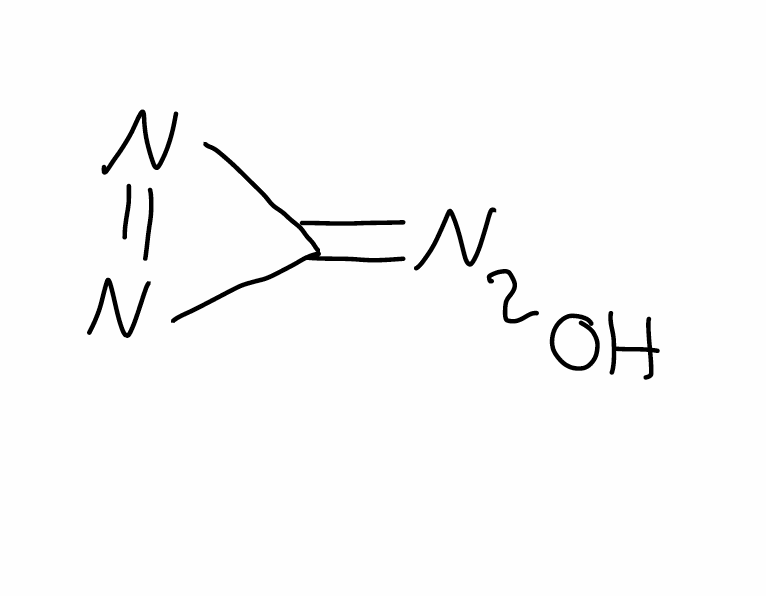
Simplified molecular-input line-entry system (SMILES) notation of the given molecule:
C1(=NO)N=N1